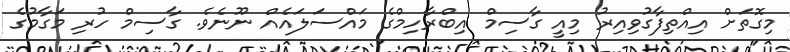
މިގޮތަށް އިއްތިފާގުވިއިރު މިއީ ގާސިމް އިބްރާހިމްގެ މައްސަލައެއް ނޫނެވެ. ގާސިމް ހުރި މަގާމުގެ